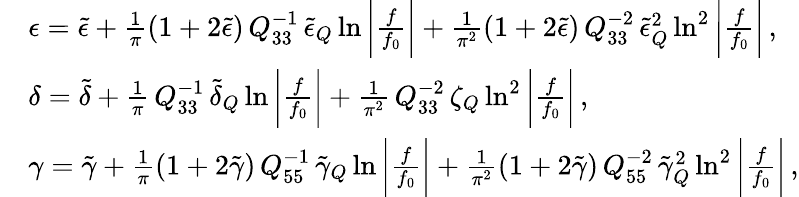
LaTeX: \begin{array}{rl}&{\epsilon=\tilde{\epsilon}+\frac{1}{\pi}(1+2\tilde{\epsilon})\, Q_{33}^{-1}\, \tilde{\epsilon}_{Q}\ln{\bigg|\frac{f}{f_{0}}\bigg|}+\frac{1}{\pi^{2}}(1+2\tilde{\epsilon})\, Q_{33}^{-2}\, \tilde{\epsilon}_{Q}^{2}\ln^{2}{\bigg|\frac{f}{f_{0}}\bigg|}\, ,}\\ &{\delta=\tilde{\delta}+\frac{1}{\pi}\, Q_{33}^{-1}\, \tilde{\delta}_{Q}\ln{\bigg|\frac{f}{f_{0}}\bigg|}+\frac{1}{\pi^{2}}\, Q_{33}^{-2}\, \zeta_{Q}\ln^{2}{\bigg|\frac{f}{f_{0}}\bigg|}\, ,}\\ &{\gamma=\tilde{\gamma}+\frac{1}{\pi}(1+2\tilde{\gamma})\, Q_{55}^{-1}\, \tilde{\gamma}_{Q}\ln{\bigg|\frac{f}{f_{0}}\bigg|}+\frac{1}{\pi^{2}}(1+2\tilde{\gamma})\, Q_{55}^{-2}\, \tilde{\gamma}_{Q}^{2}\ln^{2}{\bigg|\frac{f}{f_{0}}\bigg|}\, ,}\end{array}